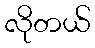
လိုတယ်